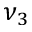
\nu _ { 3 }